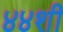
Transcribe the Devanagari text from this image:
४४शी